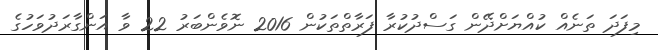
މިފަދަ ތަނެއް ކުއްޔަށްދޭން ގަސްދުކުރާ ފަރާތްތަކުން 2016 ނޮވެންބަރު 22 ވާ އަންގާރަަދުވަހުގެ